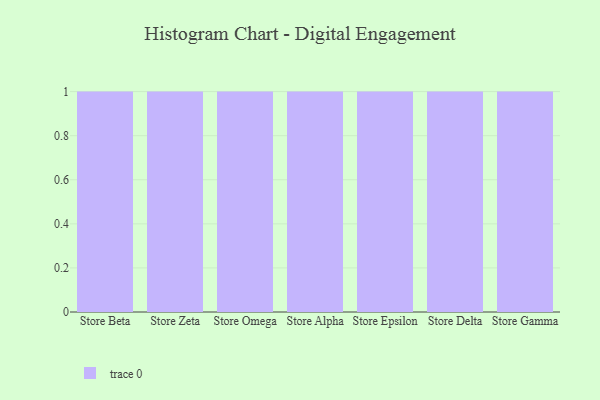
{"axis": {"x": "Store", "y": "Conversion Rate (%)"}, "legend": [""], "data": [{"x": "Store Beta", "y": 37, "type": ""}, {"x": "Store Zeta", "y": 36, "type": ""}, {"x": "Store Omega", "y": 95, "type": ""}, {"x": "Store Alpha", "y": 32, "type": ""}, {"x": "Store Epsilon", "y": 8, "type": ""}, {"x": "Store Delta", "y": 67, "type": ""}, {"x": "Store Gamma", "y": 47, "type": ""}]}